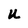
Character: U